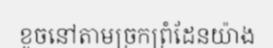
ខូចនៅតាមច្រកព្រំដែនយ៉ាង